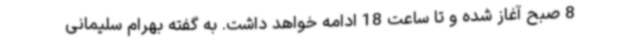
8 صبح آغاز شده و تا ساعت 18 ادامه خواهد داشت. به گفته بهرام سلیمانی